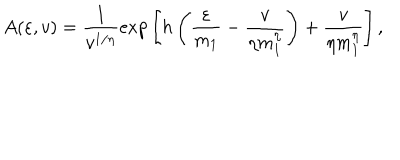
LaTeX: A ( \varepsilon , v ) = { \frac { 1 } { v ^ { 1 / \eta } } } \mathrm { e x p } \left[ h \left( { \frac { \varepsilon } { m _ { 1 } } } - { \frac { v } { \eta m _ { 1 } ^ { \eta } } } \right) + { \frac { v } { \eta m _ { 1 } ^ { \eta } } } \right] ,